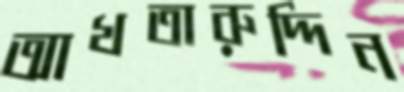
আখতারুদ্দিন